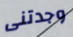
وجدتنى